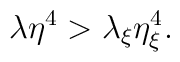
\lambda \eta^{4} > \lambda_{\xi}\eta_{\xi}^{4}.